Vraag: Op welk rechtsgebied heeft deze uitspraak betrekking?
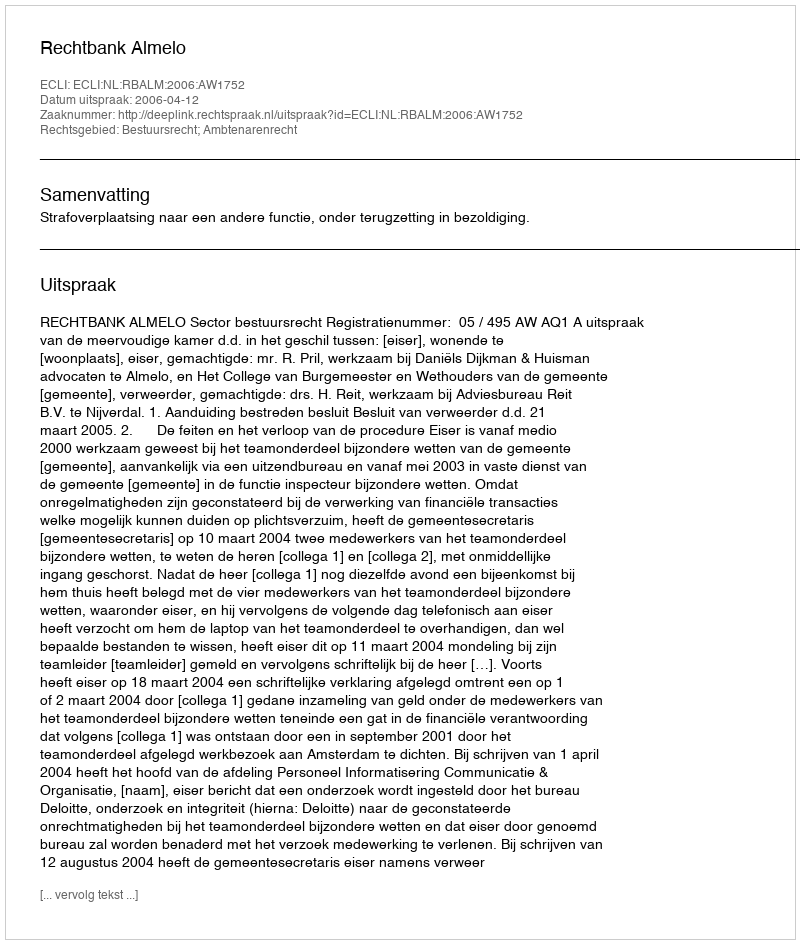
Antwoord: Bestuursrecht; Ambtenarenrecht